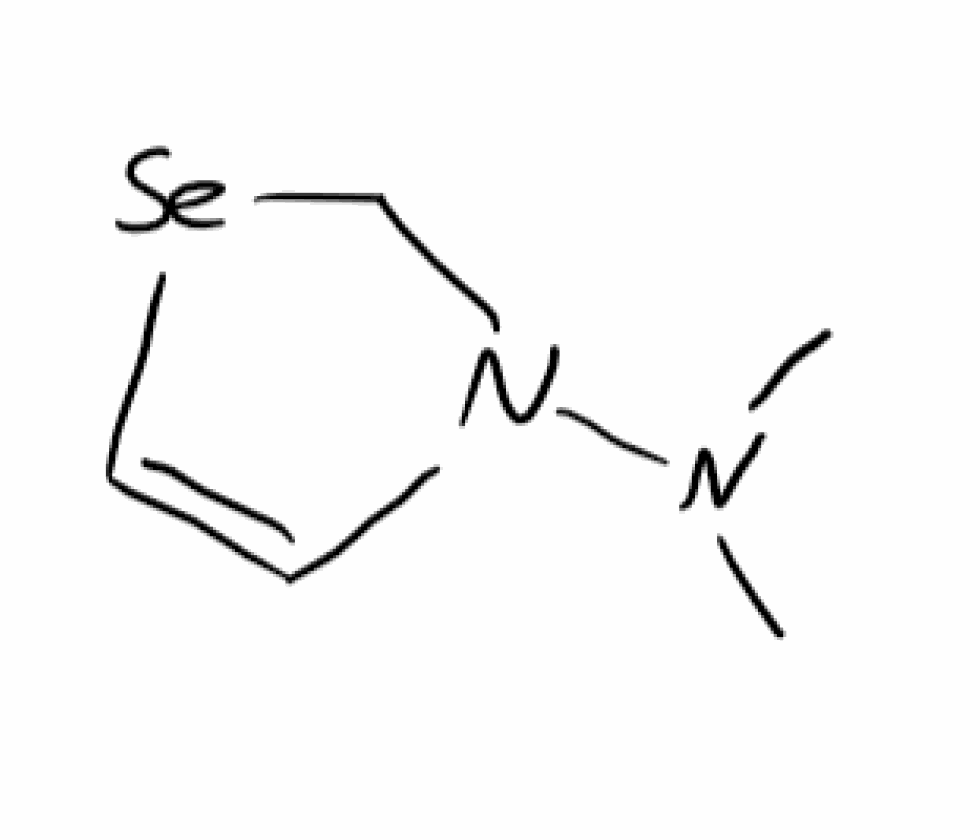
Simplified molecular-input line-entry system (SMILES) notation of the given molecule:
CN(C)N1C[Se]C=C1